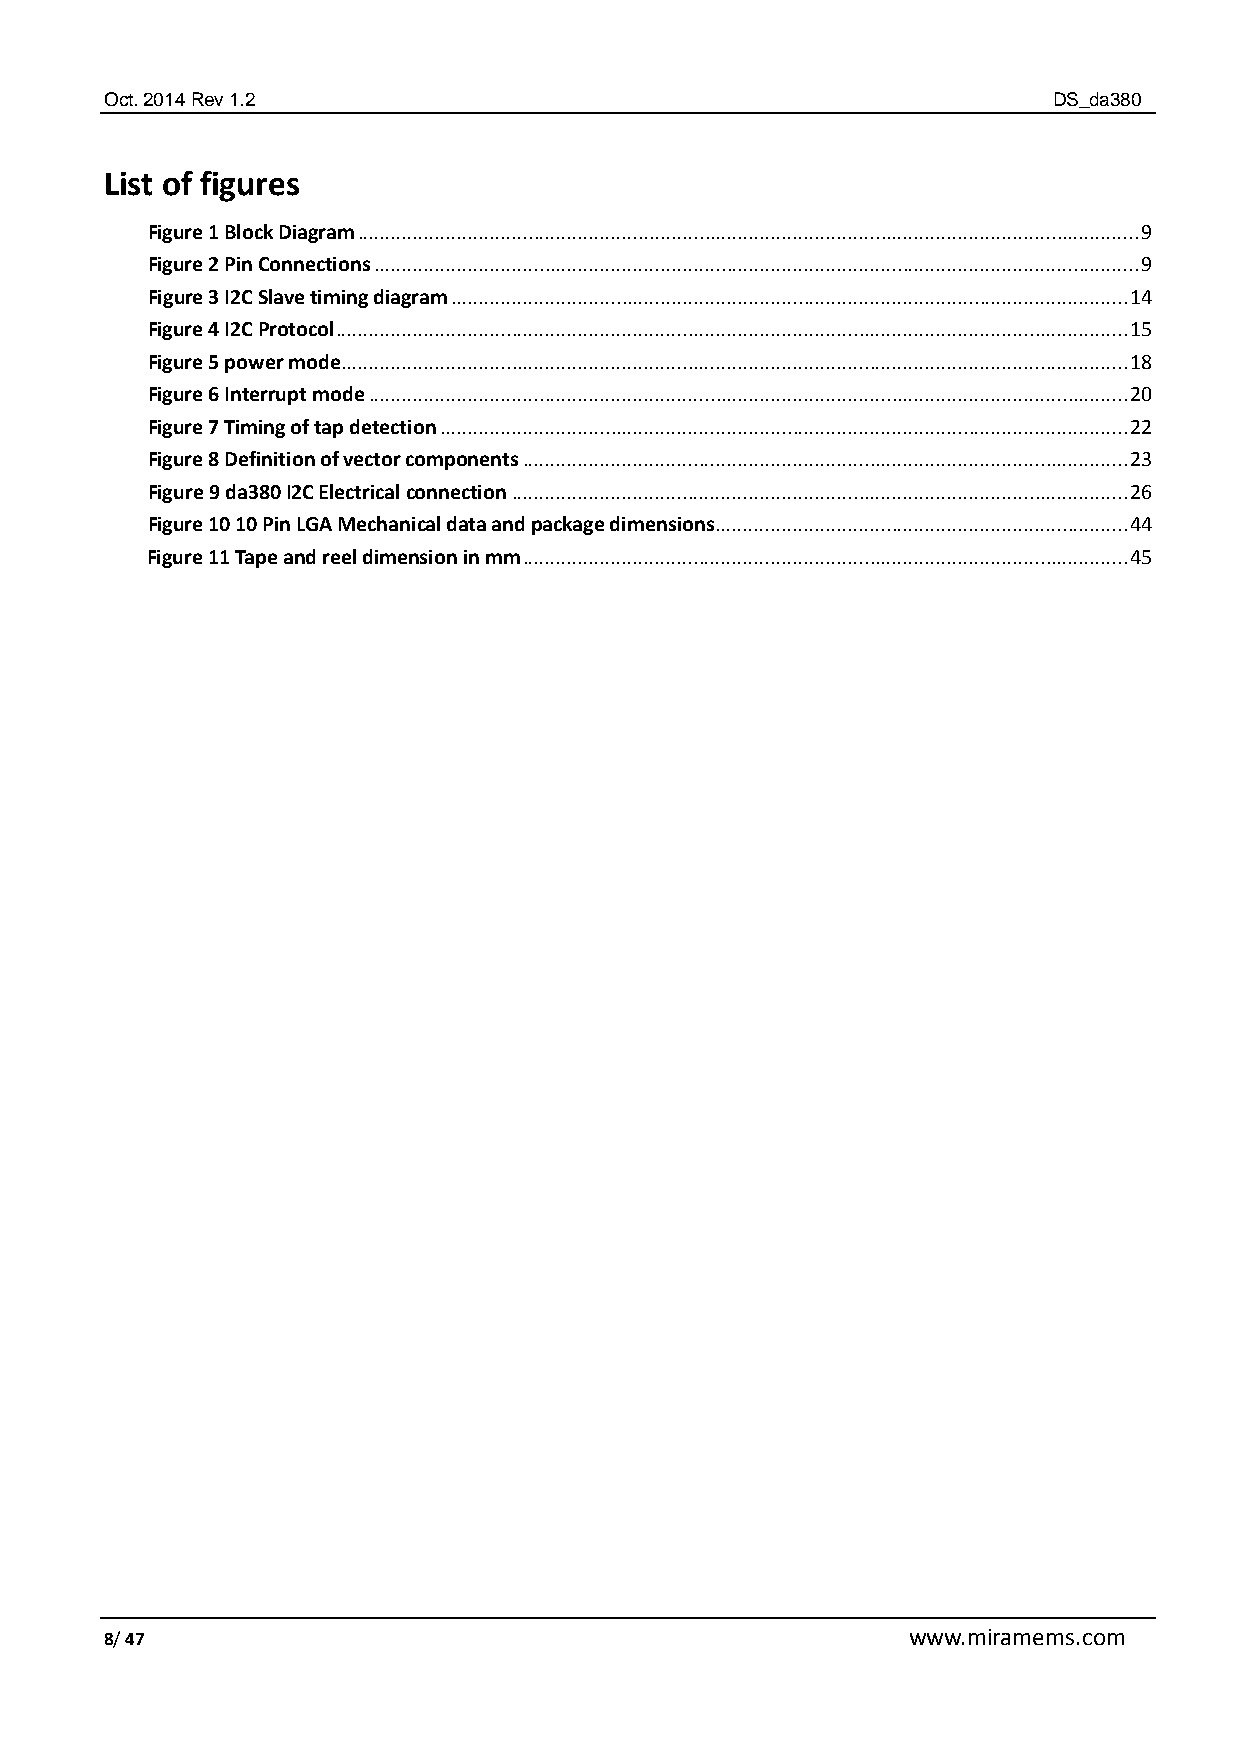
Oct. 2014 Rev 1.2                                              DS_da380
 List of figures
 Figure 1 Block Diagram .............................................................................................................................................. 9
 Figure 2 Pin Connections ........................................................................................................................................... 9
 Figure 3 I2C Slave timing diagram ........................................................................................................................... 14
 Figure 4 I2C Protocol ................................................................................................................................................ 15
 Figure 5 power mode ............................................................................................................................................... 18
 Figure 6 Interrupt mode .......................................................................................................................................... 20
 Figure 7 Timing of tap detection ............................................................................................................................. 22
 Figure 8 Definition of vector components .............................................................................................................. 23
 Figure 9 da380 I2C Electrical connection ................................................................................................................ 26
 Figure 10 10 Pin LGA Mechanical data and package dimensions ........................................................................... 44
 Figure 11 Tape and reel dimension in mm .............................................................................................................. 45
 8/ 47                                                www.miramems.com